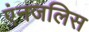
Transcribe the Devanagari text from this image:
एंनजलिस